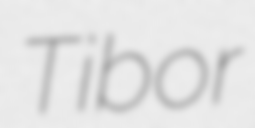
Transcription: Tibor